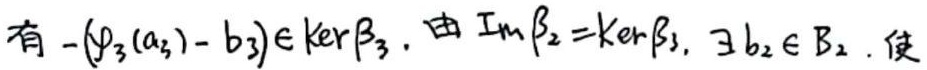
有 $-(\psi_3(a_3) - b_3)\in \ker\beta_3$. 由 $\text{Im}\beta_2 = \ker\beta_3$, $\exists b_2\in B_2$, 使